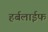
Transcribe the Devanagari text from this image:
हर्बलाईफ